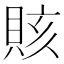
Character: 賅